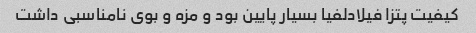
کیفیت پتزا فیلادلفیا بسیار پایین بود و مزه و بوی نامناسبی داشت